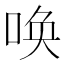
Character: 唤